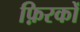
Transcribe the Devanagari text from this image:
फ़िरकों